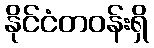
နိုင်ငံတဝန်းရှိ